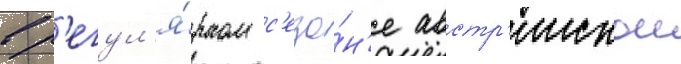
в р'егул'я́рном с'езо́н'е австр'иискои